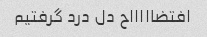
افتضاااااح دل درد گرفتیم